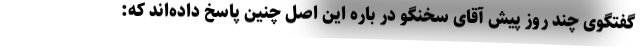
گفتگوی چند روز پیش آقای سخنگو در باره این اصل چنین پاسخ داده‌اند که: